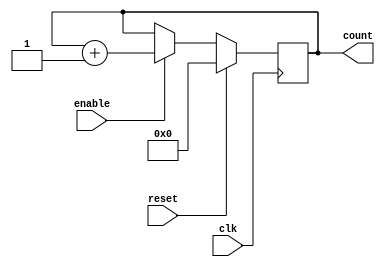
module counter(count, reset, enable, clk);
output [3:0] count;
input reset, enable, clk;
reg [3:0] count_temp = 4'h0;
assign count = count_temp;

always @ (posedge clk)
  begin
     if (reset)
       count_temp <= 4'h0;
     else if (enable)
       count_temp <= count_temp + 4'h01;
    $display("Counter++");
  end
endmodule